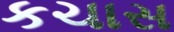
કચાસ